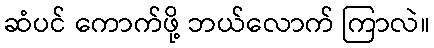
ဆံပင် ကောက်ဖို့ ဘယ်လောက် ကြာလဲ။